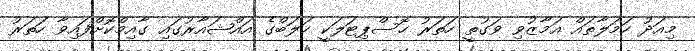
މިއަދު ހަމަލާތައް އަމާޒުވި ވަގުތީ ހަތަރު ހޮސްޕިޓަލަކީ ހަލަބްގެ އައްޝައާރުގައި ގާއިމްކޮށްފައިވާ ހަތަރު